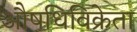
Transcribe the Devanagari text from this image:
औषधिविक्रेता